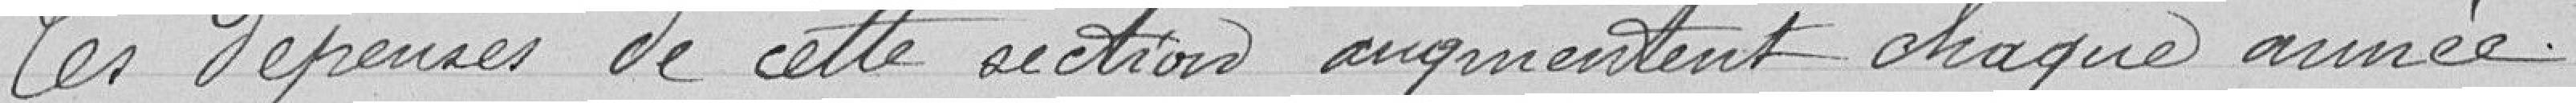
Les dépenses de cette section augmentent chaque année.